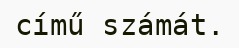
című számát.